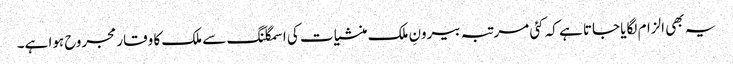
یہ بھی الزام لگایا جاتا ہے کہ کئی مرتبہ بیرونِ ملک منشیات کی اسمگلنگ سے ملک کا وقار مجروح ہوا ہے۔